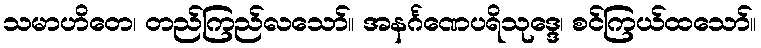
သမာဟိတေ၊ တည်ကြည်လသော်။ အနင်္ဂဏေပရိသုဒ္ဒေ၊ စင်ကြယ်ထသော်။